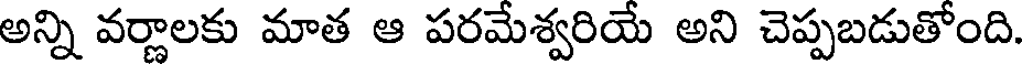
అన్ని వర్ణాలకు మాత ఆ పరమేశ్వరియే అని చెప్పబడుతోంది.